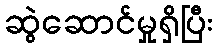
ဆွဲဆောင်မှုရှိပြီး